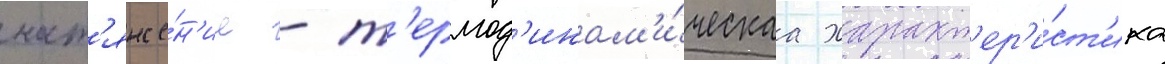
нат'яже́н'ие - т'ермод'инам'и́ческаа характ'ер'и́ст'ика